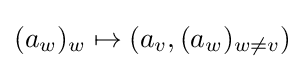
(a_{w})_{w}\mapsto (a_{v},(a_{w})_{w\neq v})